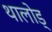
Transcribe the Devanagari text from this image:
थालोड्